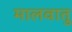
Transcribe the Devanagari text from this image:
मालवातु